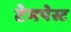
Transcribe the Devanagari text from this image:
टेमपेस्ट